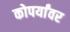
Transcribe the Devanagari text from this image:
कोपर्यांवर